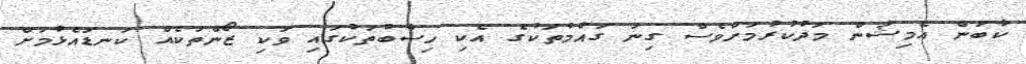
ކާބަން އެމިޝަން މަދުކުރުމަށްވެސް ގިނަ ގައުމުތަކުގެ އެކި ހިސާބުތަކުގައި ވަކި ޒޯންތަކެއް ކަނޑައެޅުމަށް